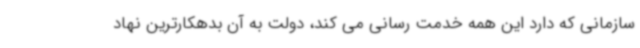
سازمانی که دارد این همه خدمت رسانی می کند، دولت به آن بدهکارترین نهاد